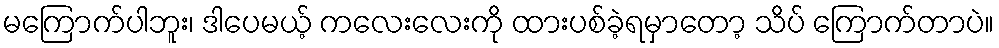
မကြောက်ပါဘူး၊ ဒါပေမယ့် ကလေးလေးကို ထားပစ်ခဲ့ရမှာတော့ သိပ် ကြောက်တာပဲ။